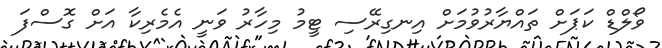
ވޯލްޑް ކަޕަށް ތައްޔާރުވުމަށް އިނގިރޭސި ޓީމު މިހާރު ވަނީ އެމެރިކާ އަށް ގޮސްފަ